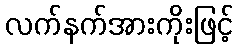
လက်နက်အားကိုးဖြင့်